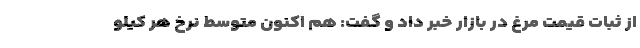
از ثبات قیمت مرغ در بازار خبر داد و گفت: هم اکنون متوسط نرخ هر کیلو